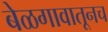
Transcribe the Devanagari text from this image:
बेळगावातूनच